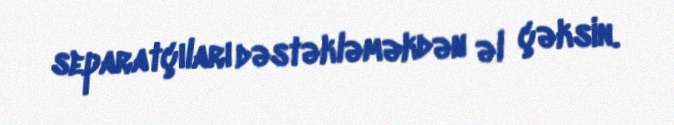
separatçıları dəstəkləməkdən əl çəksin.